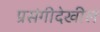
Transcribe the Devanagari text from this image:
प्रसंगीदेखील